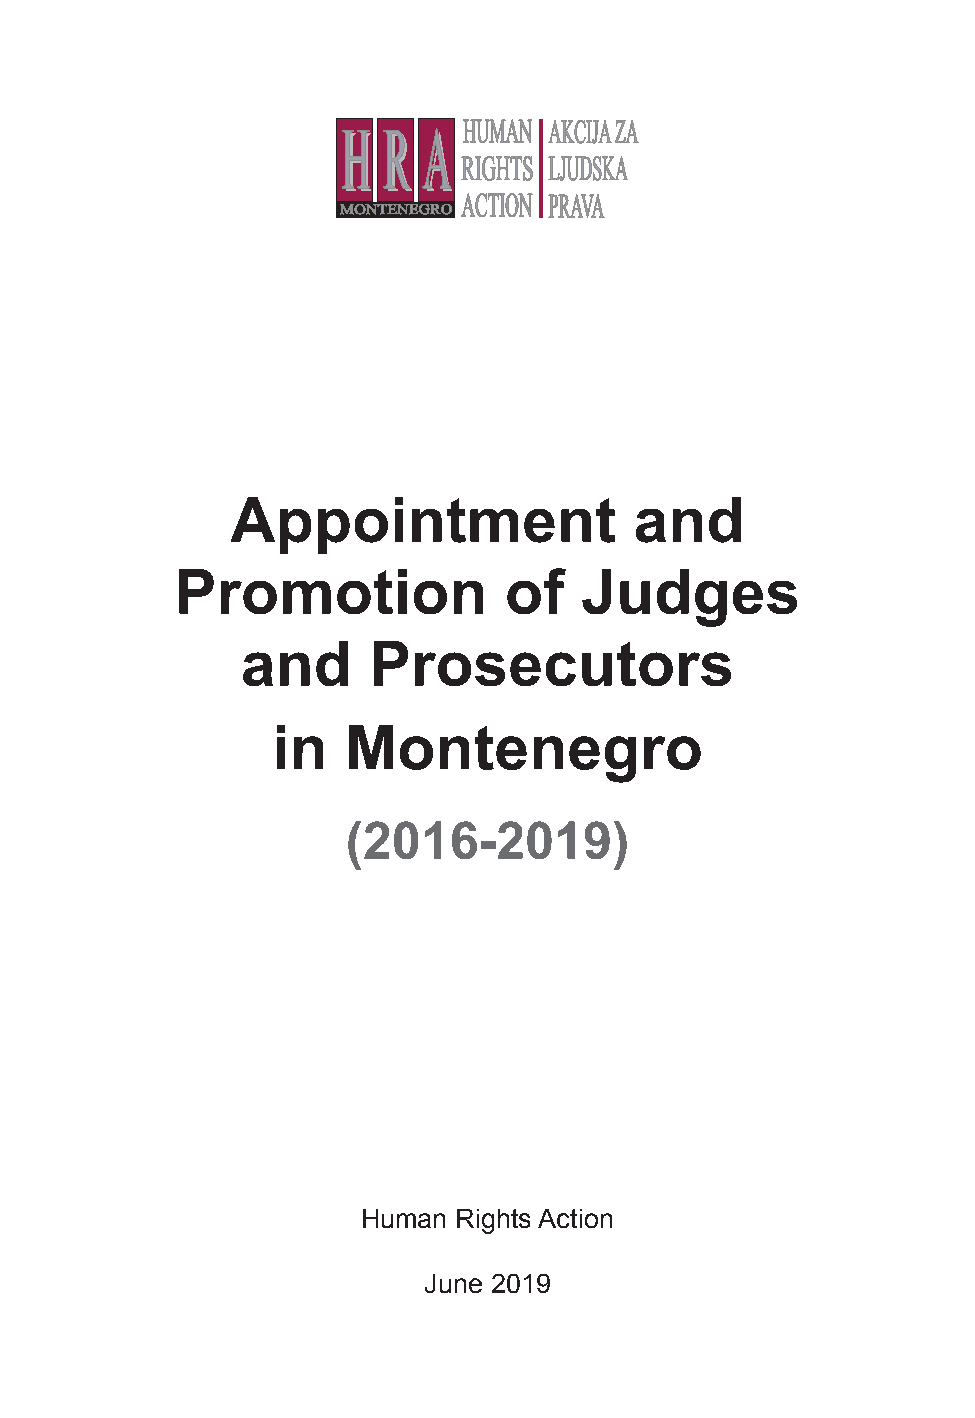
Appointment                and
 Promotion            of   Judges
 and     Prosecutors
 in   Montenegro
 (2016-2019)
 Human Rights Action
 June 2019